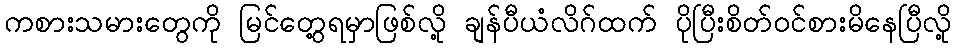
ကစားသမားတွေကို မြင်တွေ့ရမှာဖြစ်လို့ ချန်ပီယံလိဂ်ထက် ပိုပြီးစိတ်ဝင်စားမိနေပြီလို့